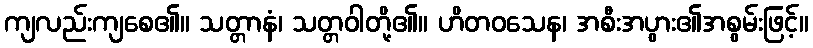
ကျလည်းကျစေ၏။ သတ္တာနံ၊ သတ္တဝါတို့၏။ ဟိတဝသေန၊ အစီးအပွား၏အစွမ်းဖြင့်။